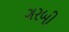
ગરબી